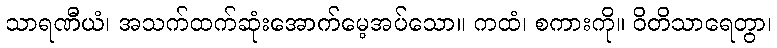
သာရဏီယံ၊ အသက်ထက်ဆုံးအောက်မေ့အပ်သော။ ကထံ၊ စကားကို။ ဝိတိသာရေတွာ၊